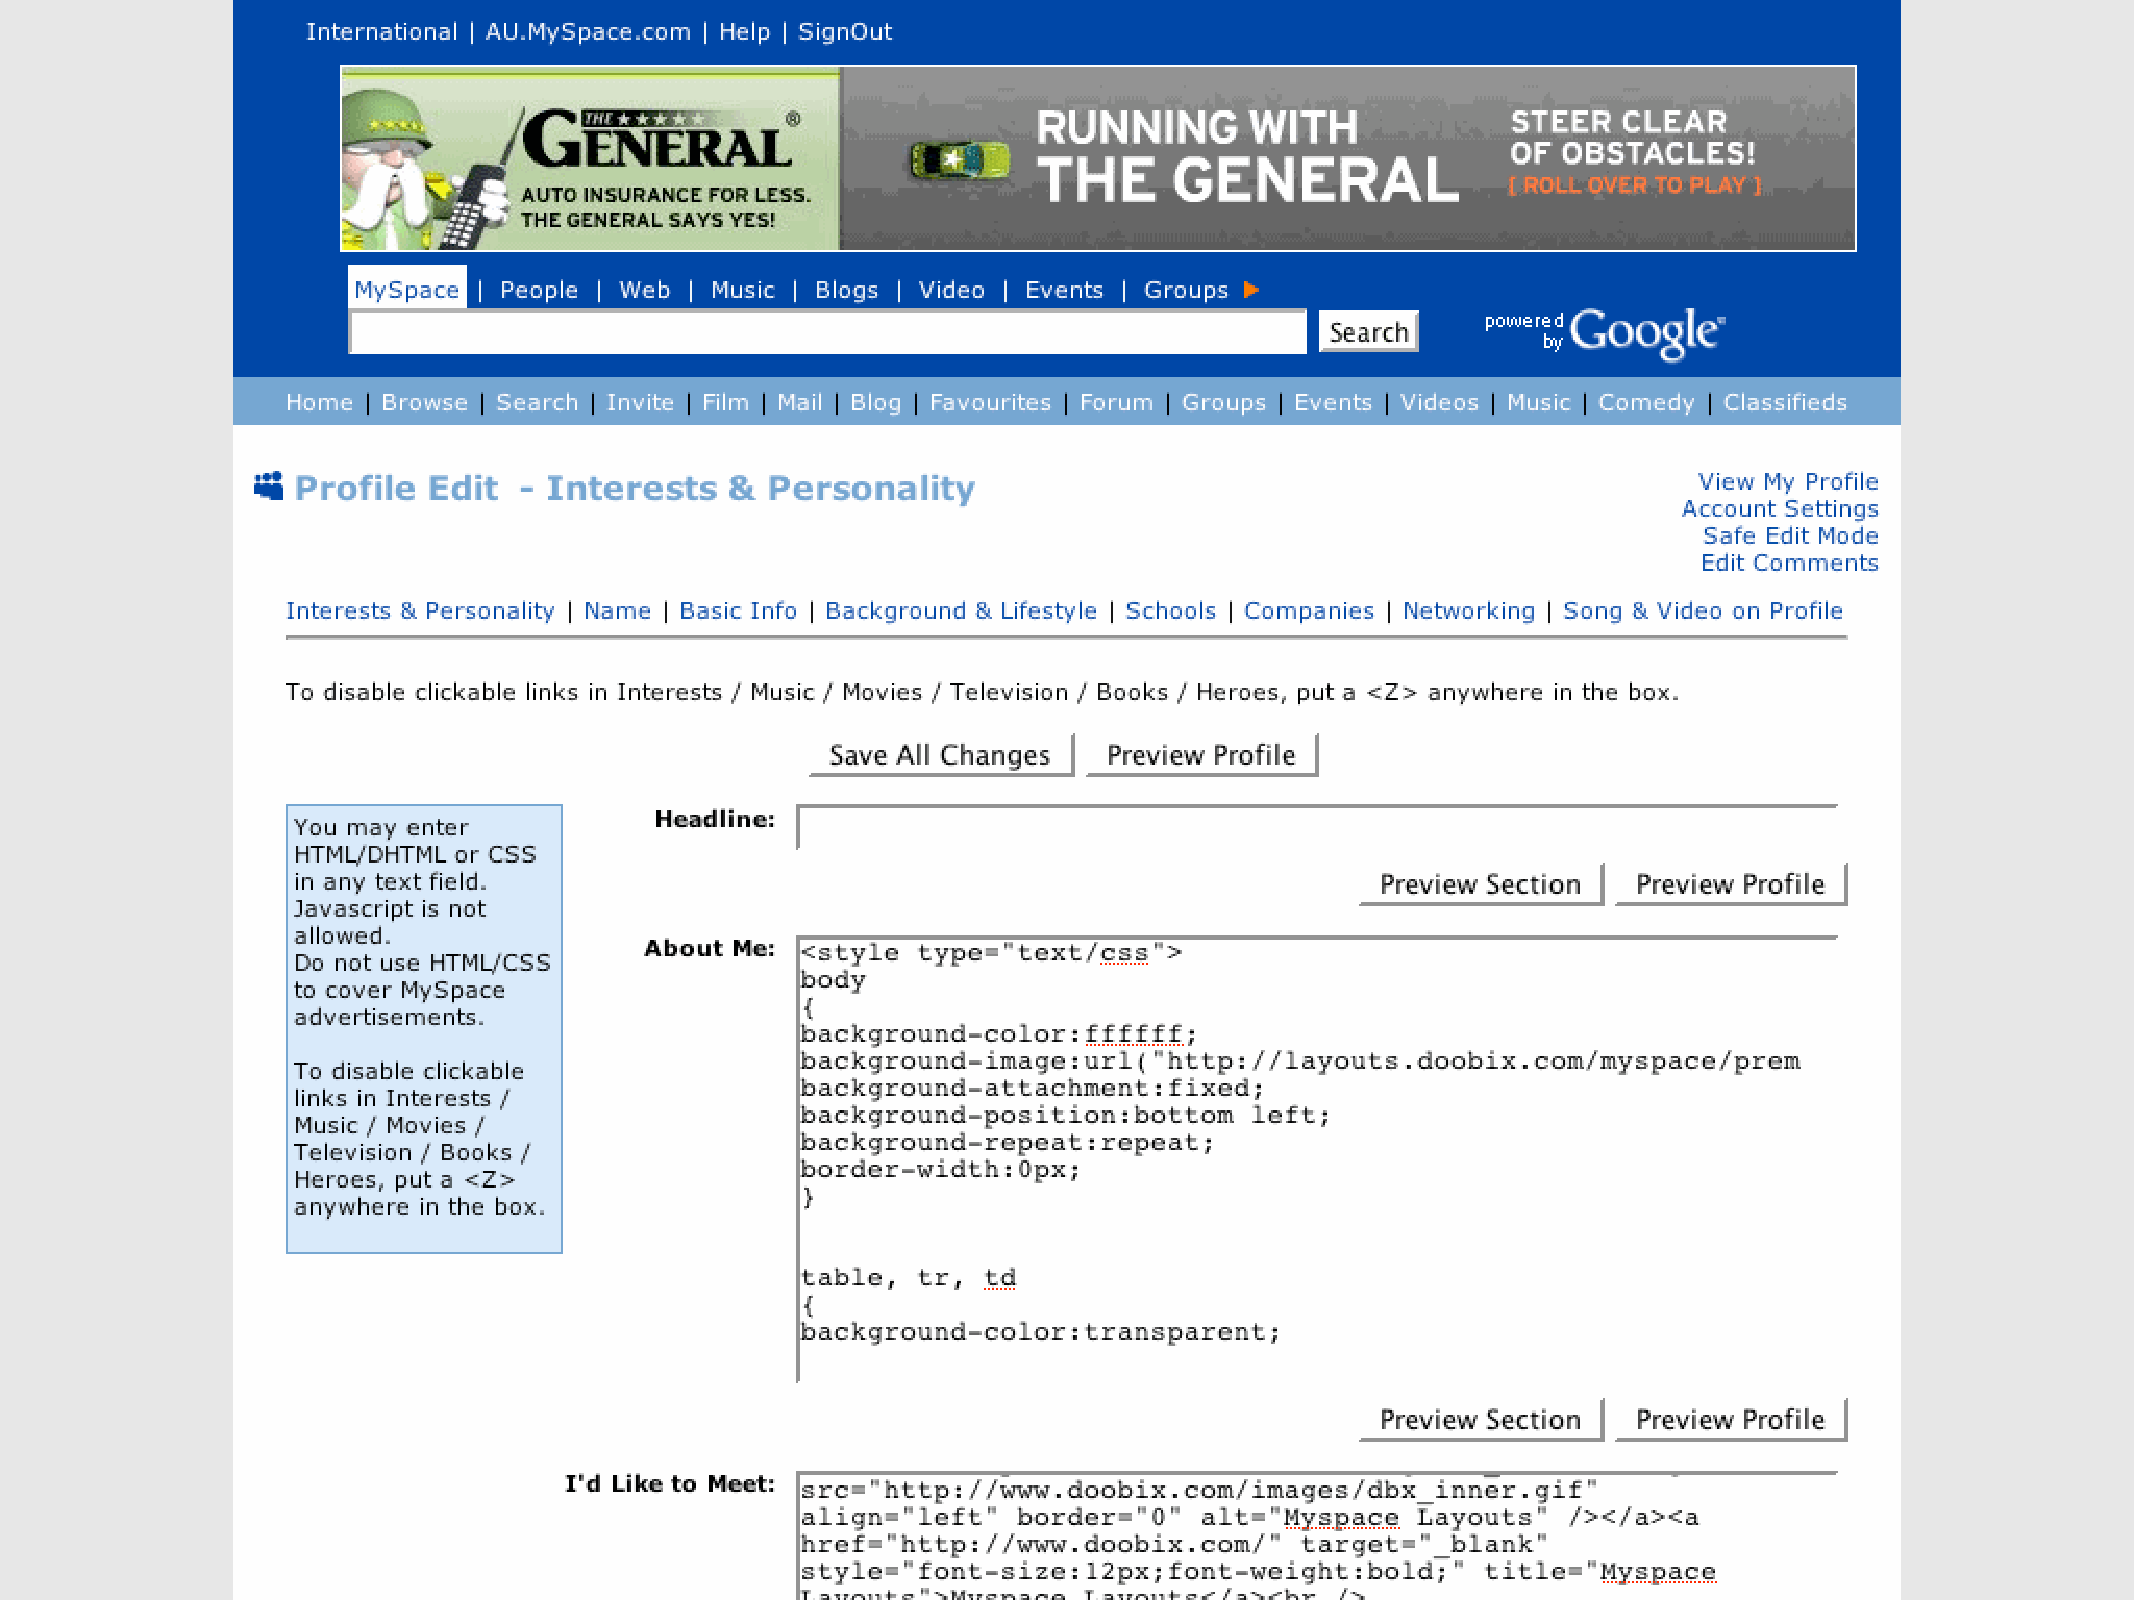
Myspace                                        admin                            pic